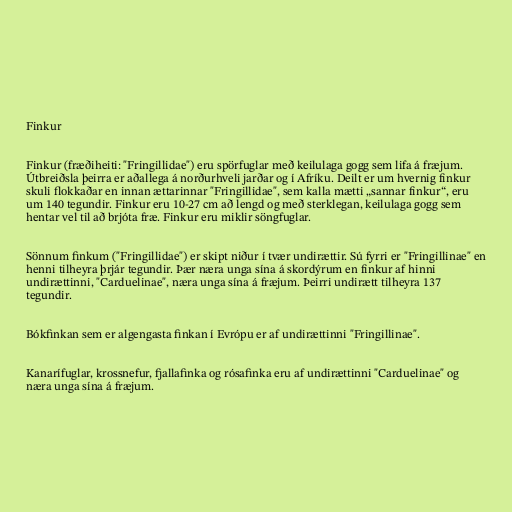
Finkur

Finkur (fræðiheiti: "Fringillidae") eru spörfuglar með keilulaga gogg sem lifa á fræjum.
Útbreiðsla þeirra er aðallega á norðurhveli jarðar og í Afríku. Deilt er um hvernig finkur
skuli flokkaðar en innan ættarinnar "Fringillidae", sem kalla mætti „sannar finkur“, eru
um 140 tegundir. Finkur eru 10-27 cm að lengd og með sterklegan, keilulaga gogg sem
hentar vel til að brjóta fræ. Finkur eru miklir söngfuglar.

Sönnum finkum ("Fringillidae") er skipt niður í tvær undirættir. Sú fyrri er "Fringillinae" en
henni tilheyra þrjár tegundir. Þær næra unga sína á skordýrum en finkur af hinni
undirættinni, "Carduelinae", næra unga sína á fræjum. Þeirri undirætt tilheyra 137
tegundir.

Bókfinkan sem er algengasta finkan í Evrópu er af undirættinni "Fringillinae".

Kanarífuglar, krossnefur, fjallafinka og rósafinka eru af undirættinni "Carduelinae" og
næra unga sína á fræjum.